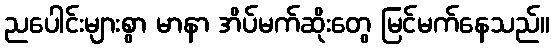
ညပေါင်းများစွာ မာနာ အိပ်မက်ဆိုးတွေ မြင်မက်နေသည်။